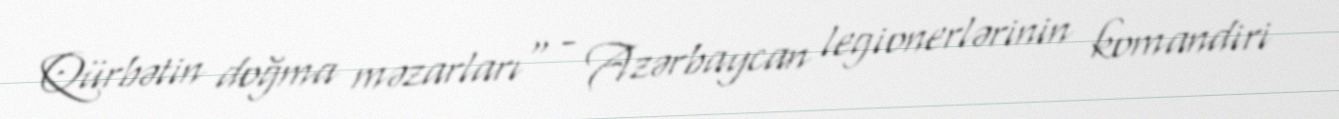
Qürbətin doğma məzarları" - Azərbaycan legionerlərinin komandiri